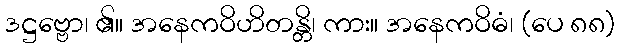
ဒဋ္ဌဗ္ဗော၊ ၏။ အနေကဝိဟိတန္တိ၊ ကား။ အနေကဝိဓံ၊ (ပေ ၈၈)